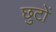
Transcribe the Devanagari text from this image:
छुटों